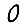
Digit: 0